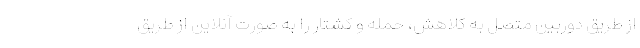
از طریق دوربین متصل به کلاهش، حمله و کشتار را به صورت آنلاین از طریق